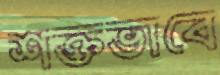
শক্তভাবে